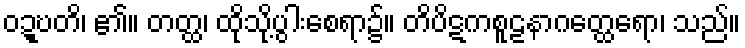
ဝဍ္ဎတိ၊ ၏။ တတ္ထ၊ ထိုသို့ပွါးစေရာ၌။ တိပိဋကစူဠနာဂတ္ထေရော၊ သည်။